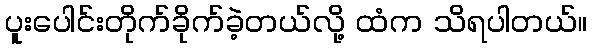
ပူးပေါင်းတိုက်ခိုက်ခဲ့တယ်လို့ ထံက သိရပါတယ်။